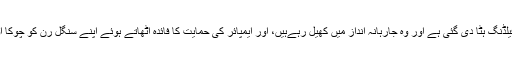
آج کپتان نیازی کے سامنے سے تو مکمل فیلڈنگ ہٹا دی گئی ہے اور وہ جارہانہ انداز میں کھیل رہےہیں، اور ایمپائر کی حمایت کا فائدہ اُٹھاتے ہوئے اپنے سنگل رن کو چوکا اور اپنے چوکے کو چھکّا شمار کر رہا ہے۔